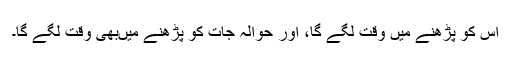
اس کو پڑھنے میں وقت لگے گا، اور حوالہ جات کو پڑھنے میں‌بھی وقت لگے گا۔